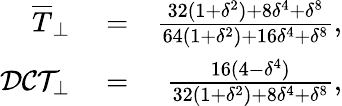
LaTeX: \begin{array}{rlr}{\overline{{T}}_{\perp}}&{{}=}&{\frac{32(1+\delta^{2})+8\delta^{4}+\delta^{8}}{64(1+\delta^{2})+16\delta^{4}+\delta^{8}},}\\ {\mathcal{DCT}_{\perp}}&{{}=}&{\frac{16(4-\delta^{4})}{32\left(1+\delta^{2}\right)+8\delta^{4}+\delta^{8}},}\end{array}